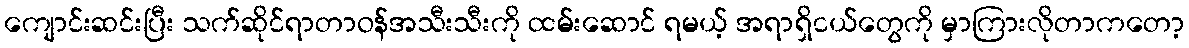
ကျောင်းဆင်းပြီး သက်ဆိုင်ရာတာဝန်အသီးသီးကို ထမ်းဆောင် ရမယ့် အရာရှိငယ်တွေကို မှာကြားလိုတာကတော့